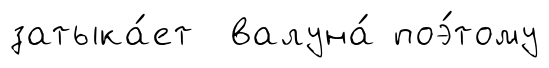
затыка́ет валуна́ поэ́тому